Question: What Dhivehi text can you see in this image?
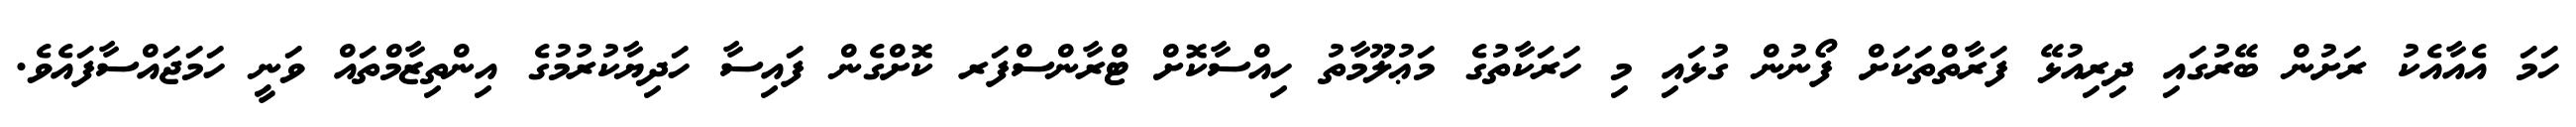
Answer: ހަމަ އެއާއެކު ރަށުން ބޭރުގައި ދިރިއުޅޭ ފަރާތްތަކަށް ފޯނުން ގުޅައި މި ހަރަކާތުގެ މަޢުލޫމާތު ހިއްސާކޮށް ޓްރާންސްފަރ ކޮށްގެން ފައިސާ ހަދިޔާކުރުމުގެ އިންތިޒާމްތައް ވަނީ ހަމަޖައްސާފައެވެ.